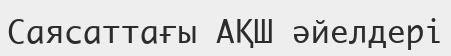
Саясаттағы АҚШ әйелдері